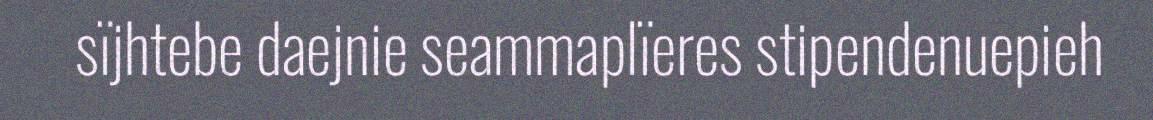
sïjhtebe daejnie seammaplïeres stipendenuepieh